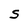
Character: S